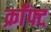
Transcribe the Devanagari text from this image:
क्राँफ्ट